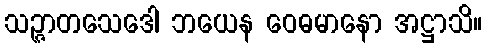
သဉ္ဇာတသေဒေါ ဘယေန ဝေဓမာနော အဋ္ဌာသိ။